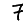
Digit: 7